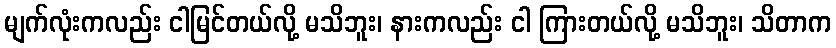
မျက်လုံးကလည်း ငါမြင်တယ်လို့ မသိဘူး၊ နားကလည်း ငါ ကြားတယ်လို့ မသိဘူး၊ သိတာက